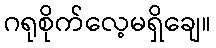
ဂရုစိုက်လေ့မရှိချေ။